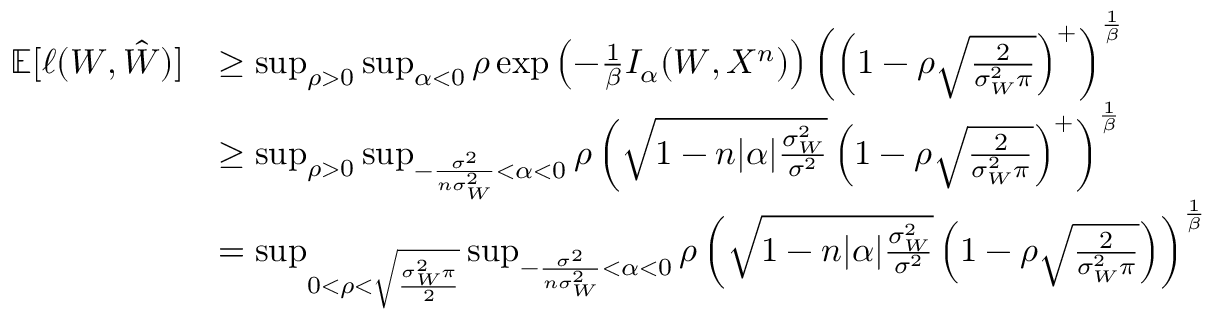
\begin{array} { r l } { \mathbb { E } [ \ell ( W , \hat { W } ) ] } & { \geq \operatorname* { s u p } _ { \rho > 0 } \operatorname* { s u p } _ { \alpha < 0 } \rho \exp \left( - \frac 1 \beta I _ { \alpha } ( W , X ^ { n } ) \right) \left( \left( 1 - \rho \sqrt \frac { 2 } { \sigma _ { W } ^ { 2 } \pi } \right) ^ { + } \right) ^ { \frac 1 \beta } } \\ & { \geq \operatorname* { s u p } _ { \rho > 0 } \operatorname* { s u p } _ { - \frac { \sigma ^ { 2 } } { n \sigma _ { W } ^ { 2 } } < \alpha < 0 } \rho \left( \sqrt { 1 - n | \alpha | \frac { \sigma _ { W } ^ { 2 } } { \sigma ^ { 2 } } } \left( 1 - \rho \sqrt \frac { 2 } { \sigma _ { W } ^ { 2 } \pi } \right) ^ { + } \right) ^ { \frac 1 \beta } } \\ & { = \operatorname* { s u p } _ { 0 < \rho < \sqrt { \frac { \sigma _ { W } ^ { 2 } \pi } { 2 } } } \operatorname* { s u p } _ { - \frac { \sigma ^ { 2 } } { n \sigma _ { W } ^ { 2 } } < \alpha < 0 } \rho \left( \sqrt { 1 - n | \alpha | \frac { \sigma _ { W } ^ { 2 } } { \sigma ^ { 2 } } } \left( 1 - \rho \sqrt \frac { 2 } { \sigma _ { W } ^ { 2 } \pi } \right) \right) ^ { \frac 1 \beta } } \end{array}